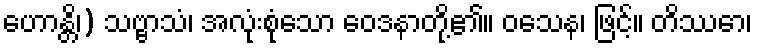
ဟောန္တိ၊) သဗ္ဗာသံ၊ အလုံးစုံသော ဝေဒနာတို့၏။ ဝသေန၊ ဖြင့်။ တိဿော၊